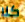
كلا